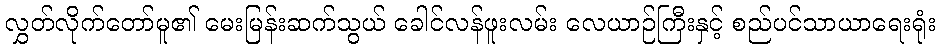
လွှတ်လိုက်တော်မူ၏ မေးမြန်းဆက်သွယ် ခေါင်လန်ဖူးလမ်း လေယာဉ်ကြီးနှင့် စည်ပင်သာယာရေးရုံး